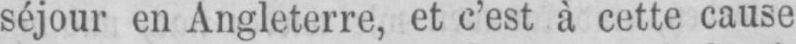
séjour en Angleterre, et c’est à cette cause